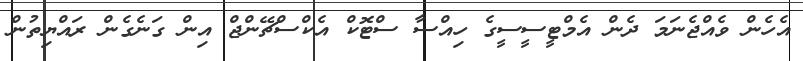
އެހެން ވެއްޖެނަމަ ދެން އެމްޓީސީސީގެ ހިއްސާ ސްޓޮކް އެކްސްޗޭންޖް އިން ގަނެގެން ރައްޔިތުން